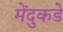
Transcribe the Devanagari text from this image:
मेंदुकडे